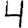
Digit: 4